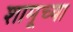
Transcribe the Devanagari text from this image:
शामूच्या